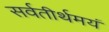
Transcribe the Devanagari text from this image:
सर्वतीर्थमयं